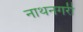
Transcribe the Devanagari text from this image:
नाथनगरी